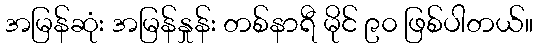
အမြန်ဆုံး အမြန်နှုန်း တစ်နာရီ မိုင် ၉၀ ဖြစ်ပါတယ်။